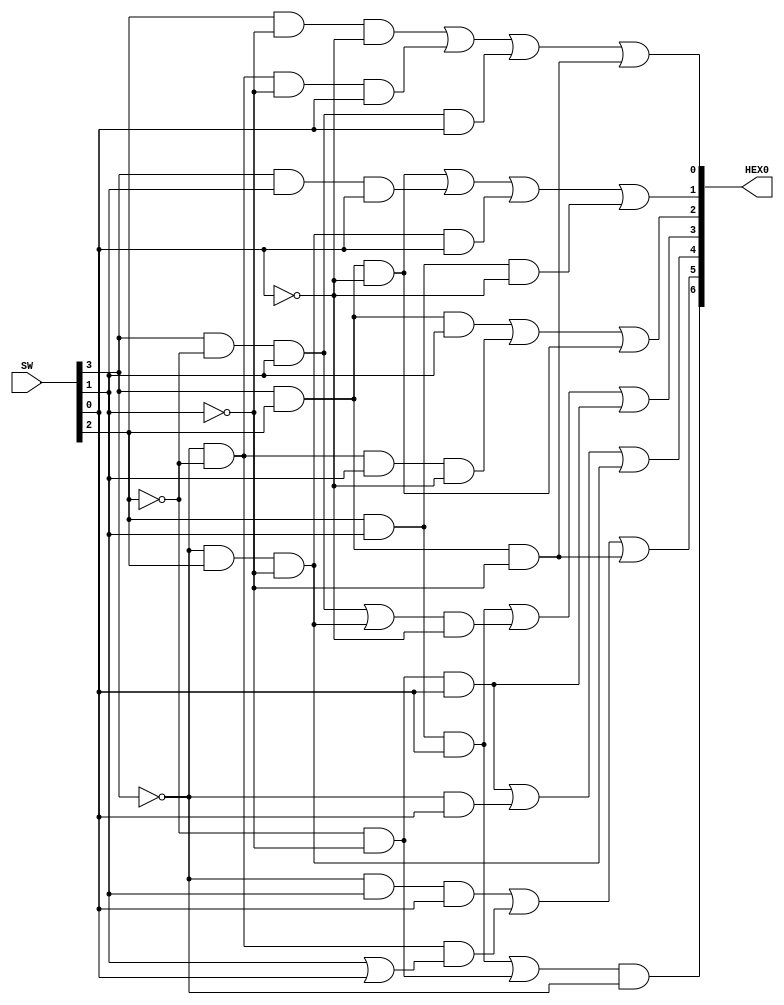
// Copyright (C) 2018  Intel Corporation. All rights reserved.
// Your use of Intel Corporation's design tools, logic functions 
// and other software and tools, and its AMPP partner logic 
// functions, and any output files from any of the foregoing 
// (including device programming or simulation files), and any 
// associated documentation or information are expressly subject 
// to the terms and conditions of the Intel Program License 
// Subscription Agreement, the Intel Quartus Prime License Agreement,
// the Intel FPGA IP License Agreement, or other applicable license
// agreement, including, without limitation, that your use is for
// the sole purpose of programming logic devices manufactured by
// Intel and sold by Intel or its authorized distributors.  Please
// refer to the applicable agreement for further details.

// PROGRAM		"Quartus Prime"
// VERSION		"Version 18.1.0 Build 625 09/12/2018 SJ Lite Edition"
// CREATED		"Sat Oct 13 12:53:06 2018"

module SevenSegmentDecoderFull(
	SW,
	HEX0
);


input wire	[3:0] SW;
output wire	[6:0] HEX0;

wire	SYNTHESIZED_WIRE_54;
wire	SYNTHESIZED_WIRE_55;
wire	SYNTHESIZED_WIRE_56;
wire	SYNTHESIZED_WIRE_3;
wire	SYNTHESIZED_WIRE_4;
wire	SYNTHESIZED_WIRE_5;
wire	SYNTHESIZED_WIRE_57;
wire	SYNTHESIZED_WIRE_58;
wire	SYNTHESIZED_WIRE_12;
wire	SYNTHESIZED_WIRE_13;
wire	SYNTHESIZED_WIRE_59;
wire	SYNTHESIZED_WIRE_60;
wire	SYNTHESIZED_WIRE_16;
wire	SYNTHESIZED_WIRE_17;
wire	SYNTHESIZED_WIRE_18;
wire	SYNTHESIZED_WIRE_61;
wire	SYNTHESIZED_WIRE_62;
wire	SYNTHESIZED_WIRE_24;
wire	SYNTHESIZED_WIRE_25;
wire	SYNTHESIZED_WIRE_63;
wire	SYNTHESIZED_WIRE_37;
wire	SYNTHESIZED_WIRE_38;
wire	SYNTHESIZED_WIRE_39;
wire	SYNTHESIZED_WIRE_42;
wire	SYNTHESIZED_WIRE_43;
wire	SYNTHESIZED_WIRE_44;
wire	SYNTHESIZED_WIRE_48;
wire	SYNTHESIZED_WIRE_51;




assign	SYNTHESIZED_WIRE_61 =  ~SW[0];

assign	SYNTHESIZED_WIRE_58 =  ~SW[1];

assign	SYNTHESIZED_WIRE_56 = SYNTHESIZED_WIRE_54 & SYNTHESIZED_WIRE_55;

assign	SYNTHESIZED_WIRE_3 = SW[1] | SW[0];

assign	SYNTHESIZED_WIRE_5 = SYNTHESIZED_WIRE_56 & SYNTHESIZED_WIRE_3;

assign	HEX0[5] = SYNTHESIZED_WIRE_4 | SYNTHESIZED_WIRE_5 | SYNTHESIZED_WIRE_57;

assign	SYNTHESIZED_WIRE_59 = SYNTHESIZED_WIRE_54 & SW[2] & SYNTHESIZED_WIRE_58;

assign	SYNTHESIZED_WIRE_12 = SYNTHESIZED_WIRE_55 & SYNTHESIZED_WIRE_58 & SW[0];

assign	SYNTHESIZED_WIRE_13 = SYNTHESIZED_WIRE_54 & SW[0];

assign	HEX0[4] = SYNTHESIZED_WIRE_12 | SYNTHESIZED_WIRE_13 | SYNTHESIZED_WIRE_59;

assign	HEX0[3] = SYNTHESIZED_WIRE_60 | SYNTHESIZED_WIRE_16 | SYNTHESIZED_WIRE_17;

assign	SYNTHESIZED_WIRE_16 = SYNTHESIZED_WIRE_18 & SYNTHESIZED_WIRE_61;

assign	SYNTHESIZED_WIRE_55 =  ~SW[2];

assign	SYNTHESIZED_WIRE_18 = SYNTHESIZED_WIRE_62 | SYNTHESIZED_WIRE_59;

assign	SYNTHESIZED_WIRE_62 = SW[3] & SYNTHESIZED_WIRE_55 & SW[1];

assign	SYNTHESIZED_WIRE_63 = SW[3] & SW[2] & SYNTHESIZED_WIRE_61;

assign	SYNTHESIZED_WIRE_24 = SW[3] & SW[2] & SW[1];

assign	HEX0[2] = SYNTHESIZED_WIRE_24 | SYNTHESIZED_WIRE_25 | SYNTHESIZED_WIRE_63;

assign	SYNTHESIZED_WIRE_25 = SYNTHESIZED_WIRE_56 & SW[1] & SYNTHESIZED_WIRE_61;

assign	SYNTHESIZED_WIRE_44 = SW[2] & SW[1] & SYNTHESIZED_WIRE_61;

assign	SYNTHESIZED_WIRE_42 = SW[3] & SW[1] & SW[0];

assign	SYNTHESIZED_WIRE_43 = SYNTHESIZED_WIRE_59 & SW[0];

assign	SYNTHESIZED_WIRE_17 = SYNTHESIZED_WIRE_55 & SYNTHESIZED_WIRE_58 & SW[0];

assign	SYNTHESIZED_WIRE_54 =  ~SW[3];

assign	SYNTHESIZED_WIRE_37 = SW[2] & SYNTHESIZED_WIRE_58 & SYNTHESIZED_WIRE_61;

assign	SYNTHESIZED_WIRE_38 = SYNTHESIZED_WIRE_56 & SYNTHESIZED_WIRE_58 & SW[0];

assign	HEX0[0] = SYNTHESIZED_WIRE_37 | SYNTHESIZED_WIRE_38 | SYNTHESIZED_WIRE_39 | SYNTHESIZED_WIRE_57;

assign	HEX0[1] = SYNTHESIZED_WIRE_63 | SYNTHESIZED_WIRE_42 | SYNTHESIZED_WIRE_43 | SYNTHESIZED_WIRE_44;

assign	SYNTHESIZED_WIRE_39 = SYNTHESIZED_WIRE_62 & SW[0];

assign	SYNTHESIZED_WIRE_51 = SYNTHESIZED_WIRE_55 & SYNTHESIZED_WIRE_58;

assign	HEX0[6] = SYNTHESIZED_WIRE_48 & SYNTHESIZED_WIRE_54;

assign	SYNTHESIZED_WIRE_60 = SW[2] & SW[1] & SW[0];

assign	SYNTHESIZED_WIRE_48 = SYNTHESIZED_WIRE_60 | SYNTHESIZED_WIRE_51;

assign	SYNTHESIZED_WIRE_57 = SW[3] & SW[2] & SYNTHESIZED_WIRE_58;

assign	SYNTHESIZED_WIRE_4 = SYNTHESIZED_WIRE_54 & SW[1] & SW[0];


endmodule